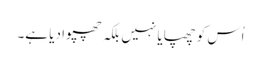
اُس کو چھپایا نہیں بلکہ چھپوا دیا ہے۔